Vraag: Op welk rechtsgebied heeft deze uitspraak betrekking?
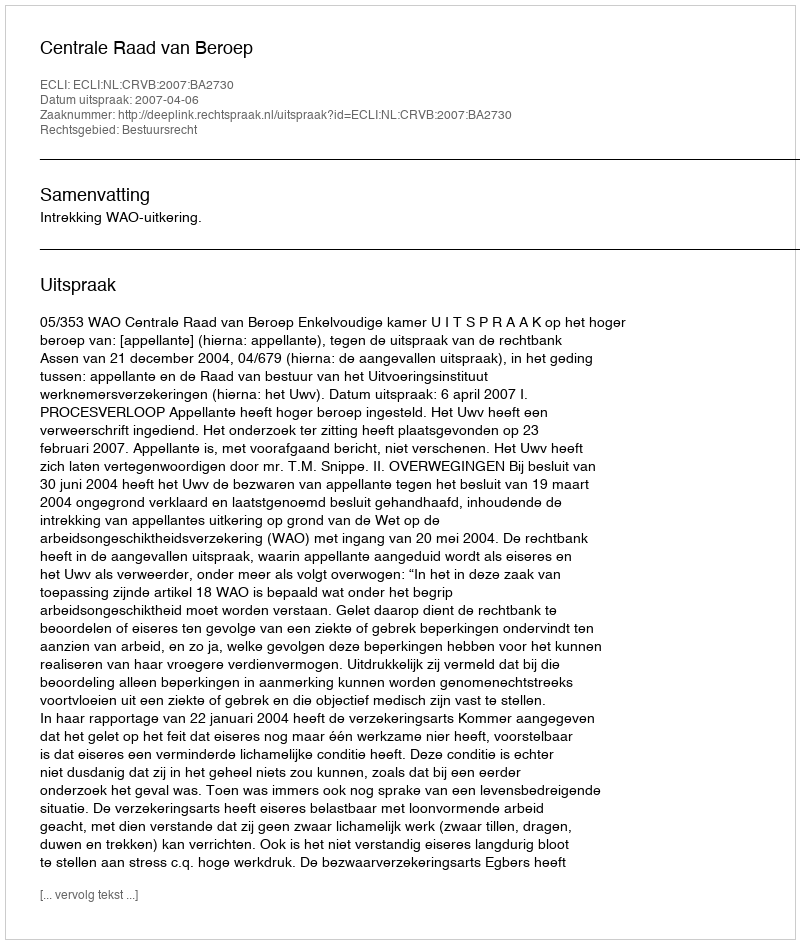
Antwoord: Bestuursrecht